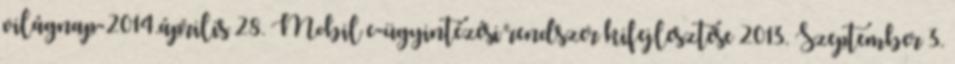
világnap-2014.április 28. Mobil e-ügyintézési rendszer kifejlesztése 2013. Szeptember 3.